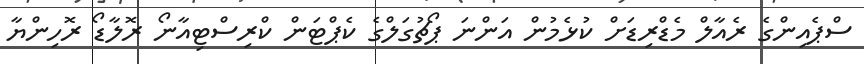
ސްޕެއިންގެ ރެއާލް މެޑްރިޑަށް ކުޅެމުން އަންނަ ޕޯޗުގަލްގެ ކެޕްޓަން ކްރިސްޓިއާނޯ ރޮލާޑޯ ރޮހިންޔާ